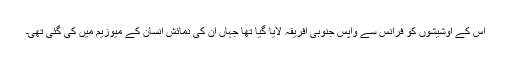
اس کے اوشیشوں کو فرانس سے واپس جنوبی افریقہ لایا گیا تھا جہاں ان کی نمائش انسان کے میوزیم میں کی گئی تھی۔